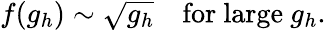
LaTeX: f(g_{h})\sim\sqrt{g_{h}}\quad\mathrm{for~large}~g_{h}.